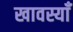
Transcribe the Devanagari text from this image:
खावस्याँ